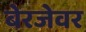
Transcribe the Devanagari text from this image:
बेरजेवर